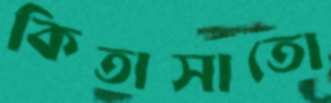
কিতাসাতো